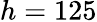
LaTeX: h=125